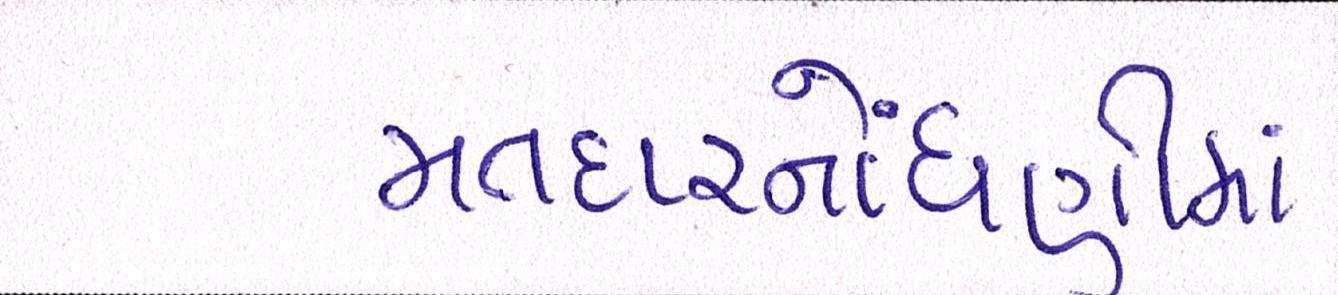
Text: મતદારનોંધણીમાં